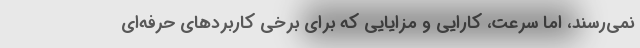
نمی‌رسند، اما سرعت، کارایی و مزایایی که برای برخی کاربردهای حرفه‌ای